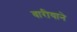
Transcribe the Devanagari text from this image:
वारीयाने